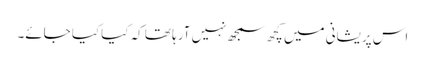
اس پریشانی میں کچھ سمجھ نہیں آرہا تھا کہ کیاکیا جائے۔